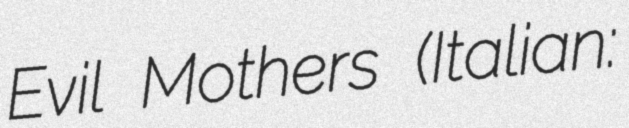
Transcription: Evil Mothers (Italian: